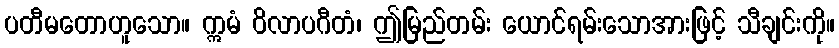
ပတီမတောဟူသော။ ဣမံ ဝိလာပဂီတံ၊ ဤမြည်တမ်း ယောင်ရမ်းသောအားဖြင့် သီချင်းကို။